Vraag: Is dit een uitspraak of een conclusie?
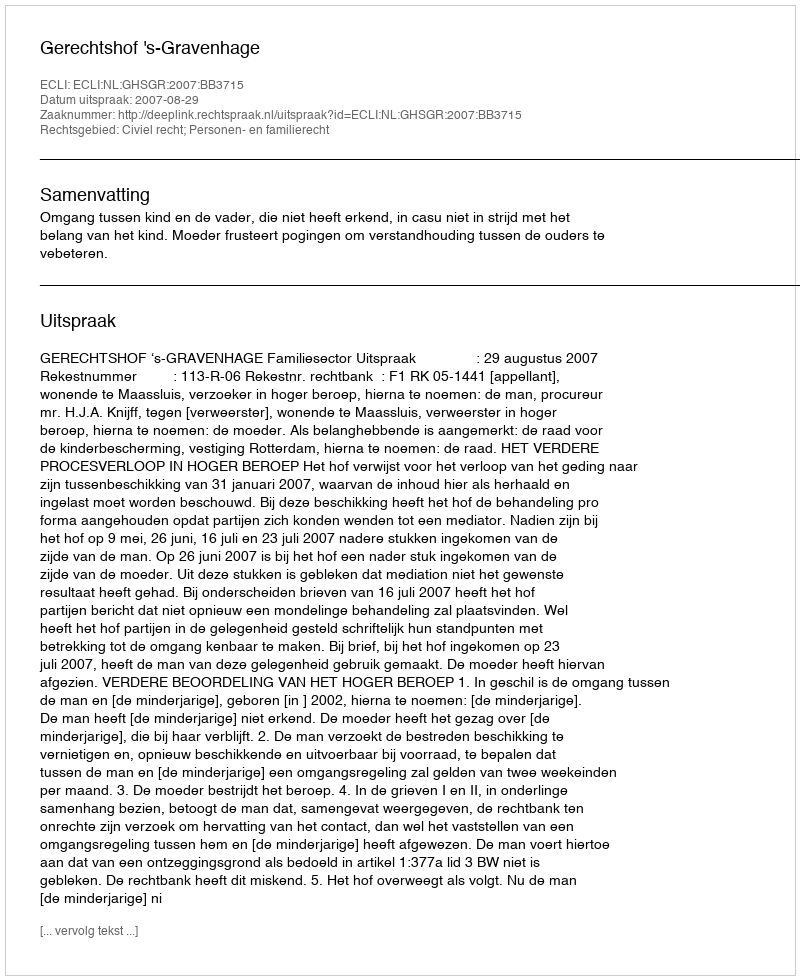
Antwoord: Uitspraak